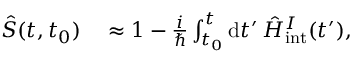
\begin{array} { r l } { \hat { S } ( t , t _ { 0 } ) } & { { } \approx 1 - \frac { i } { \hbar } \int _ { t _ { 0 } } ^ { t } \mathrm { d } t ^ { \prime } \, \hat { H } _ { \mathrm { i n t } } ^ { I } ( t ^ { \prime } ) , } \end{array}